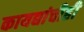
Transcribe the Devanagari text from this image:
कायद्यांचीही